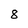
Character: 8